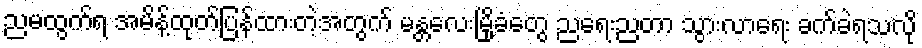
ညမထွက်ရ အမိန့်ထုတ်ပြန်ထားတဲ့အတွက် မန္တလေးမြို့ခံတွေ ညရေးညတာ သွားလာရေး ခက်ခဲရသလို